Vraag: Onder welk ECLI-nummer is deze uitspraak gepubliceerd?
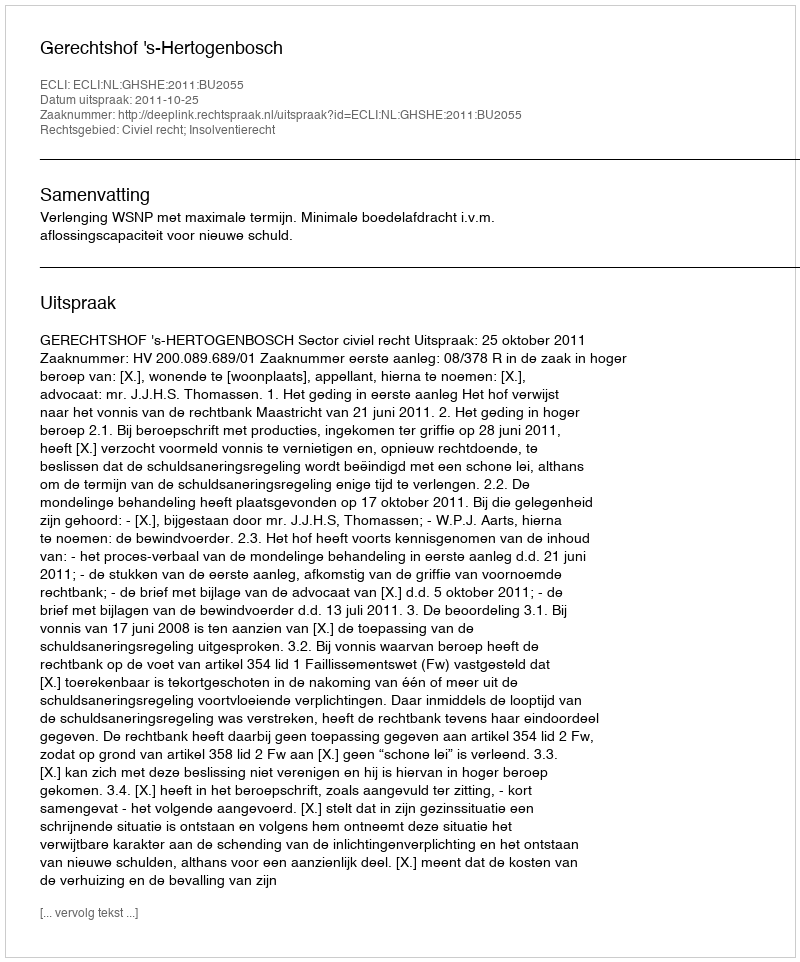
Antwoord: ECLI:NL:GHSHE:2011:BU2055